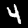
Label: 4